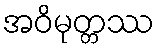
အဝိမုတ္တဿ